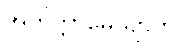
အတိက္ကာမေယျာတိ